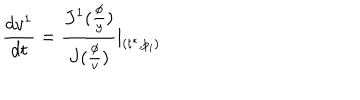
LaTeX: \frac { d v ^ { 1 } } { d t } = \frac { J ^ { 1 } ( \frac \phi y ) } { J ( \frac \phi v ) } | _ { ( t ^ { * } , p _ { i } ) }